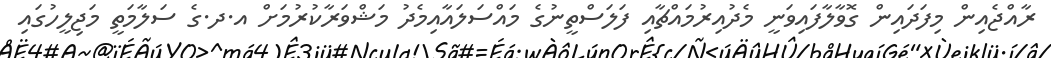
ރާއްޖެއިން މިފަދައިން ގޮވާލާފައިވަނީ މެދުއިރުމައްޗާއި ފަލަސްތީނުގެ މައްސަލައާއިމެދު މަޝްވަރާކުރުމަށް އ.ދ.ގެ ސަލާމަތީ މަޖިލީހުގައި